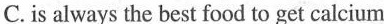
C.is always the best tood to get calcium